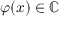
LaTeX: \varphi ( x ) \in \mathbb { C }